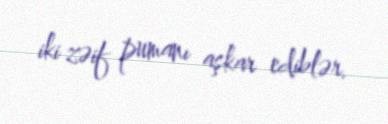
iki zəif pumanı aşkar ediblər.